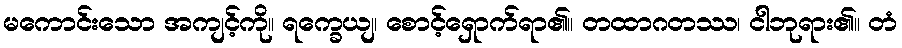
မကောင်းသော အကျင့်ကို။ ရက္ခေယျ၊ စောင့်ရှောက်ရာ၏။ တထာဂတဿ၊ ငါဘုရား၏။ တံ